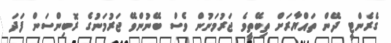
ގެރެންޓީ ދޭން ތައްޔާރަށް ތިބޭތީވެ ޖަރުމަނުން ވެސް ބޭނުންވޭ ޖަރުމަނުގެ ރޮބިންސަން ފަދަ